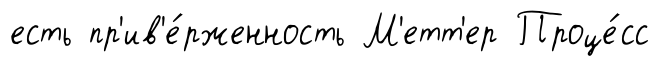
есть пр'ив'е́рженность М'етт'ер Проце́сс